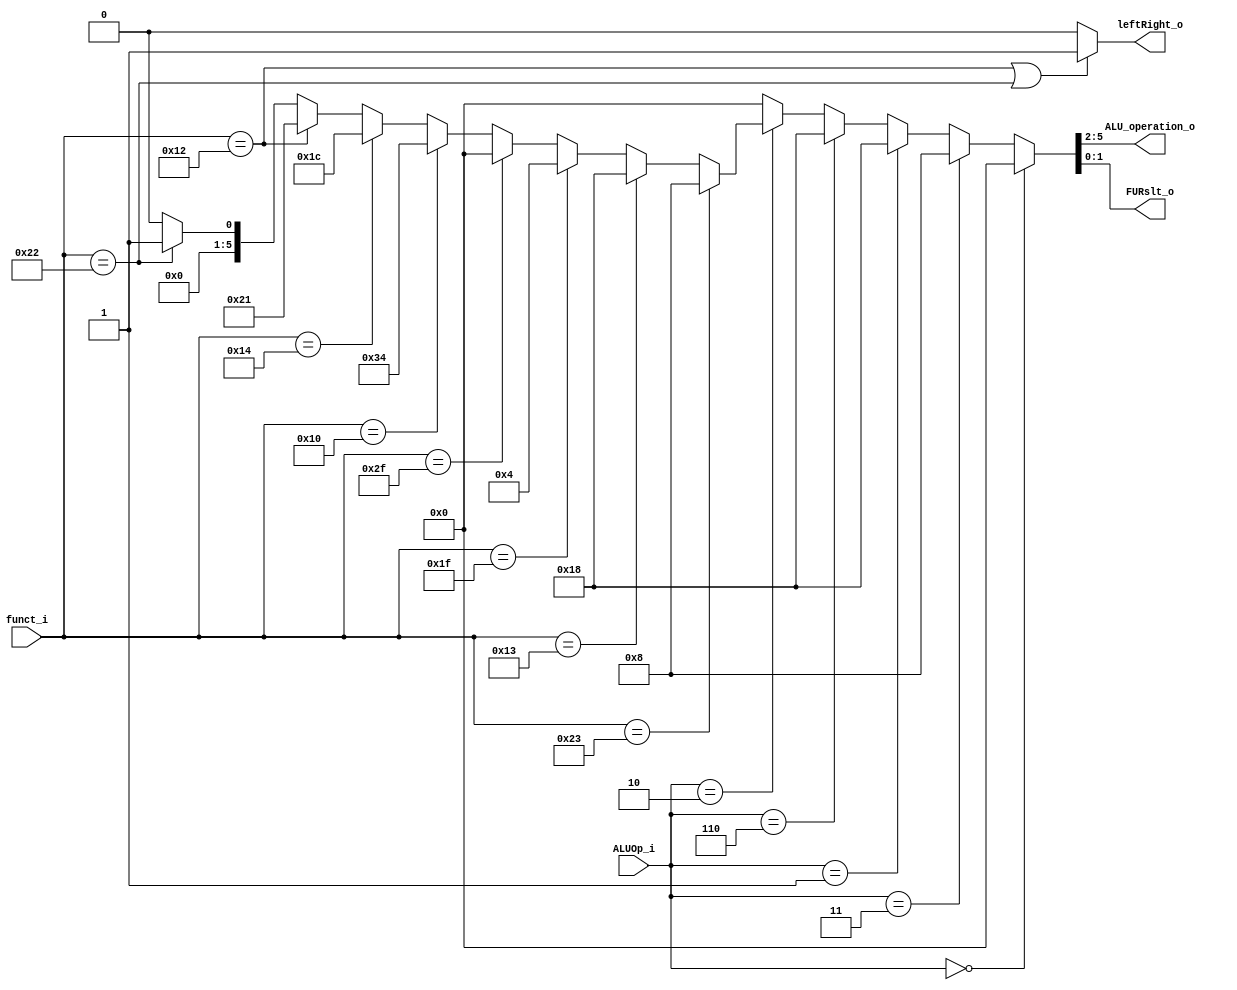
module ALU_Ctrl (
    funct_i,
    ALUOp_i,
    ALU_operation_o,
    FURslt_o,
	leftRight_o
);

  //I/O ports
  input [6-1:0] funct_i;
  input [3-1:0] ALUOp_i;

  output [4-1:0] ALU_operation_o;
  output [2-1:0] FURslt_o;
  output leftRight_o;

  //Internal Signals
  wire [4-1:0] ALU_operation_o;
  wire [2-1:0] FURslt_o;
  wire leftRight_o;
  reg        [4-1:0] ALUCtrl;
  //Main function
  /*your code here*/
//assign ALU_operation_o =(funct_i[5:0] == 6'b100011) ? 4'b0010 : //add 
//						(funct_i[5:0] == 6'b010011) ? 4'b0110 : //sub
//						(funct_i[5:0] == 6'b011111) ? 4'b0000 : //and
//						(ALUOp_i == 3'b001) ? 4'b0000 : //lw sw
//       				(funct_i[5:0] == 6'b101111) ? 4'b0001 : //or
//						(funct_i[5:0] == 6'b010000) ? 4'b1100 : //nor
//						(funct_i[5:0] == 6'b010100) ? 4'b0111 : //slt
//						(funct_i[5:0] == 6'b010010) ? 4'b0001 : //sll
//						(funct_i[5:0] == 6'b100010) ? 4'b0000 : //srl				
//						4'b0010; //addi
assign {ALU_operation_o, FURslt_o} = (ALUOp_i == 3'b000) ? {4'b0000, 2'b00} : // lw sw
                         (ALUOp_i == 3'b011) ? {4'b0010, 2'b00} : // addi
                         (ALUOp_i == 3'b001) ?  {4'b0110, 2'b00} : // beq
                         (ALUOp_i == 3'b110) ?  {4'b0110, 2'b00} : // bne
                         (ALUOp_i == 3'b010) ? ( // R-type
                            (funct_i == 6'b100011) ? {4'b0010, 2'b00} : // add
                            (funct_i == 6'b010011) ? {4'b0110, 2'b00} : // sub
                            (funct_i == 6'b011111) ? {4'b0001, 2'b00} : // and
                            (funct_i == 6'b101111) ? {4'b0000, 2'b00} : // or
                            (funct_i == 6'b010000) ? {4'b1101, 2'b00} : // nor
                            (funct_i == 6'b010100) ? {4'b0111, 2'b00} : // slt
                            (funct_i == 6'b010010) ? {4'b1000, 2'b01} : // sll
                            (funct_i == 6'b100010) ? {4'b0000, 2'b01} : 0// srl
                         ) : 0;
		
//assign FURslt_o[1:0] = (ALUOp_i == 3'b010 && (funct_i == 6'b010010 || funct_i == 6'b100010)) ? 2'b01 : 2'b00;
assign leftRight_o = (funct_i == 6'b010010)|(funct_i == 6'b100010) ? 2'b01 : 2'b00 ;
endmodule